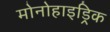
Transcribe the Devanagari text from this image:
मोनोहाइड्रिक